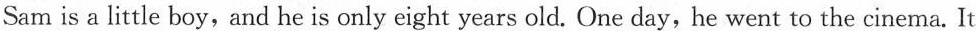
Sam is a little boy, and he is only eight years old. One day, he went to the cinema. It